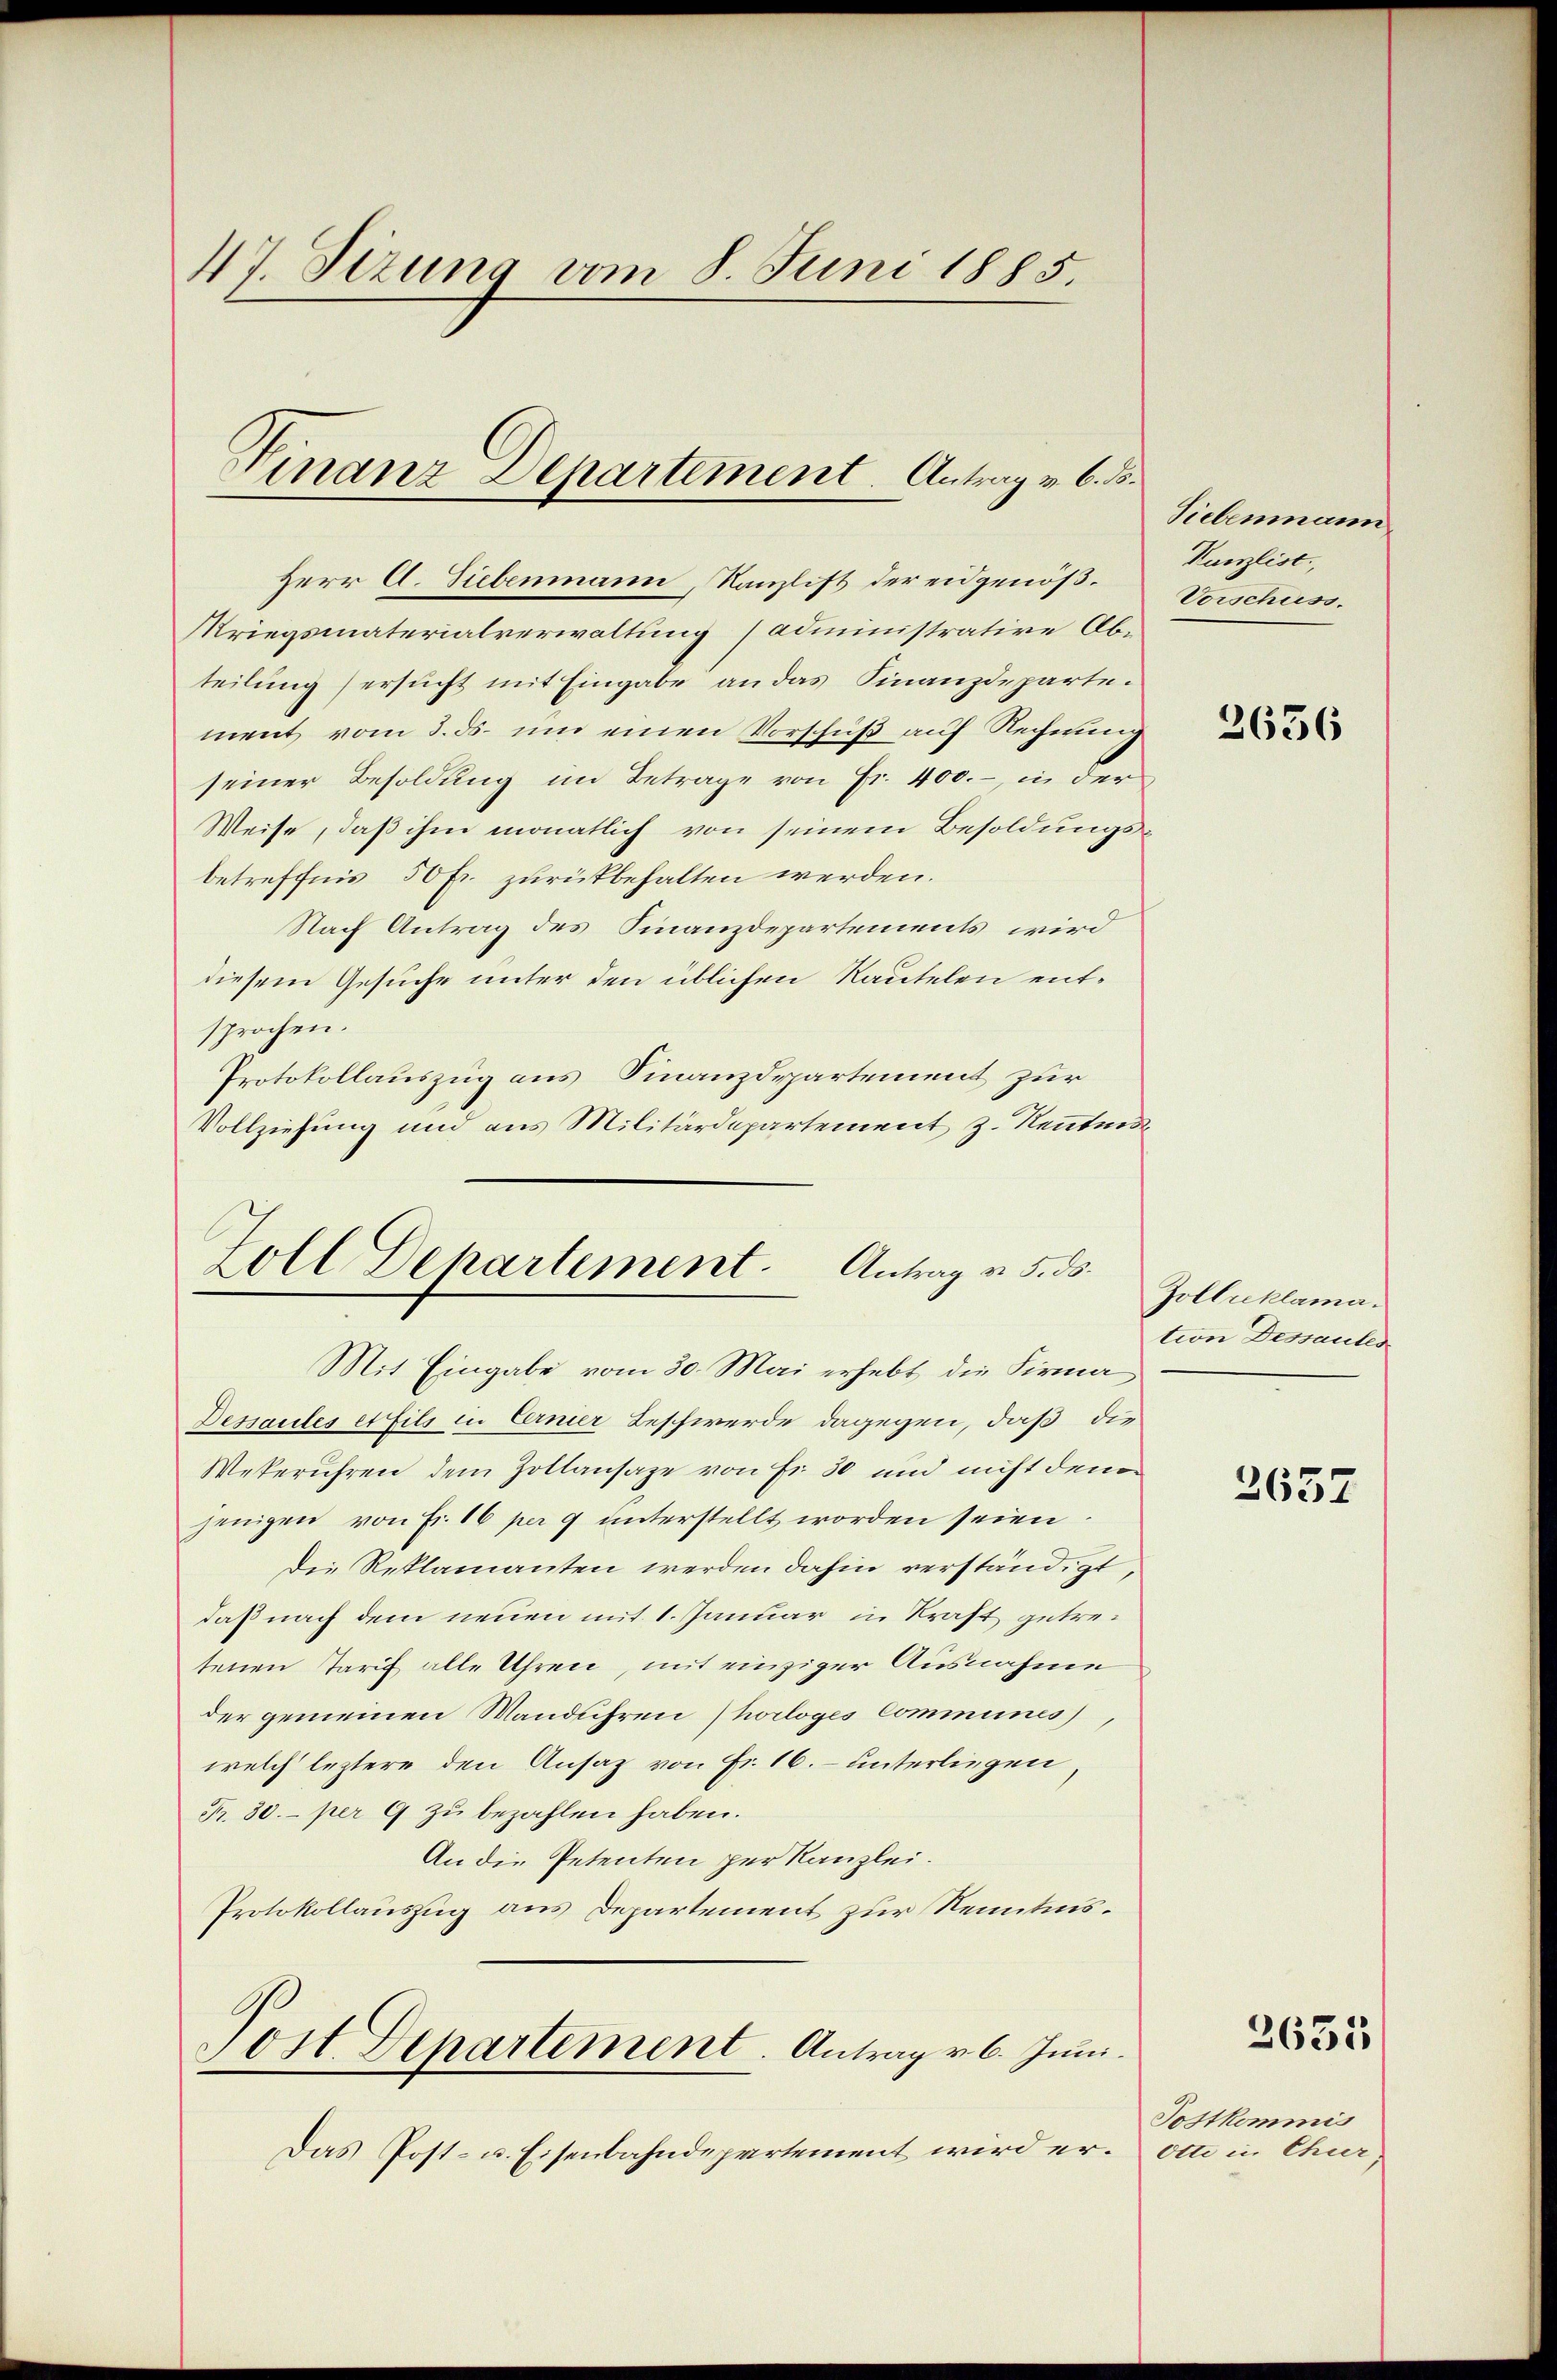
47. Sizung vom 8. Juni 1885.

Finanz Departement. Antrag v. 6. Fr.

Herr A. Siebenmann, Kanzlist der eidgenöß¬
Kriegsmaterialverwaltung (administrative Abteilung ersucht mit Eingabe an das Finanzdeparte.
ment vom 3. ds. um einen Vorschuß auf Rechnung
seiner Besoldung im Betrage von Fr. 400.-, in der
Weise, daß ihm monatlich von seinem Besoldungsbetreffnis 50 Fr. zurückbehalten werden.
Nach Antrag des Finanzdepartements wird
diesem Gesuche unter den üblichen Rautelen entsprochen.
Protokollauszug aus Finanzdepartement zur
Vollziehung und aus Militärdepartement z. Kenntnis

Zoll Dehartement. Antrag v. 5. ds.
Mit Eingabe vom 30. Mai erhebt, die Firma

Dessaules et fils in Eerner Beschwerde dagegen, daß die
Wekerühren dem Zollansage von Fr. 30 und nicht den
jenigen von Fr. 16 per 9 unterstellt worden seien.
die Reklamanten werden dahin verständigt,
daß nach dem neuen mit 1. Januar in Kraft getretenen Tarif alle Uhren, mit einziger Ausnahme
der gemeinen Mandühren (horloges Communes),
welch leztere den Ansatz von Fr. 16. unterliegen
Pr. 30. per 9 zu bezahlen haben.
An die Petenten per Kanzlei.
Protokollauszug aus Departement zur Kenntnis¬
Jost Departement. Antrag v. 6. Juni.
Das Post- u. Eisenbahndepartement wird er. Ott in Chur,

Siebenmann
Kanzlist,
Vorschuss.

2656

Zolluklamation Dessantes

2657

2635

Postkommis